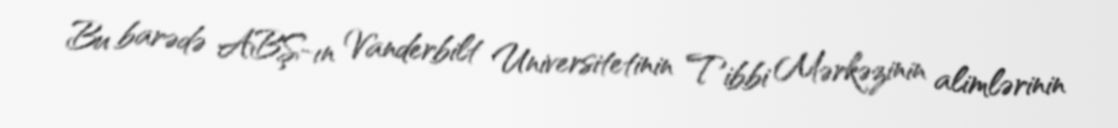
Bu barədə ABŞ-ın Vanderbilt Universitetinin Tibbi Mərkəzinin alimlərinin